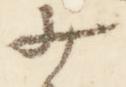
少